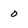
Character: 0